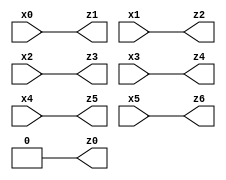
// Benchmark "X_54" written by ABC on Thu Jun 29 21:48:05 2023

module X_54 ( 
    x0, x1, x2, x3, x4, x5,
    z0, z1, z2, z3, z4, z5, z6  );
  input  x0, x1, x2, x3, x4, x5;
  output z0, z1, z2, z3, z4, z5, z6;
  assign z0 = 1'b0;
  assign z1 = x0;
  assign z2 = x1;
  assign z3 = x2;
  assign z4 = x3;
  assign z5 = x4;
  assign z6 = x5;
endmodule